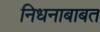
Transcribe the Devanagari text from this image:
निधनाबाबत